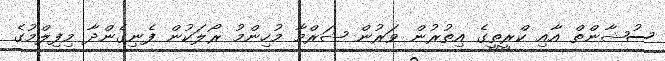
ސުޝާންތް އާއި ކްރީތީގެ އިތުރުން ވަރުން ޝަރްމާ މުހިންމު ރޯލަކުން ފެނިގެންދާ މިފިލްމުގެ